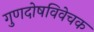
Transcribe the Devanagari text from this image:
गुणदोषविवेचक